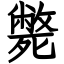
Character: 斃